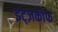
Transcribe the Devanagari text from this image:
इट्ज़कोफ